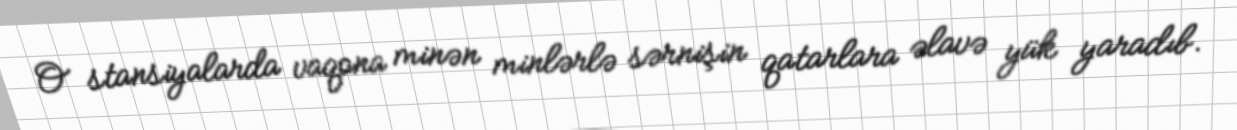
O stansiyalarda vaqona minən minlərlə sərnişin qatarlara əlavə yük yaradıb.